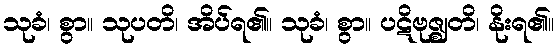
သုခံ၊ စွာ။ သုပတိ၊ အိပ်ရ၏။ သုခံ၊ စွာ။ ပဋိဗုဇ္ဈတိ၊ နိုးရ၏။